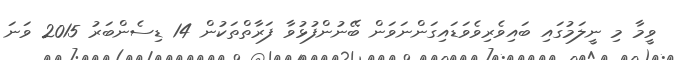
ވީމާ މި ނީލަމުގައި ބައިވެރިވެވަޑައިގަންނަވަން ބޭނުންފުޅުވާ ފަރާތްތަކުން 14 ޑިސެންބަރު 2015 ވަނަ